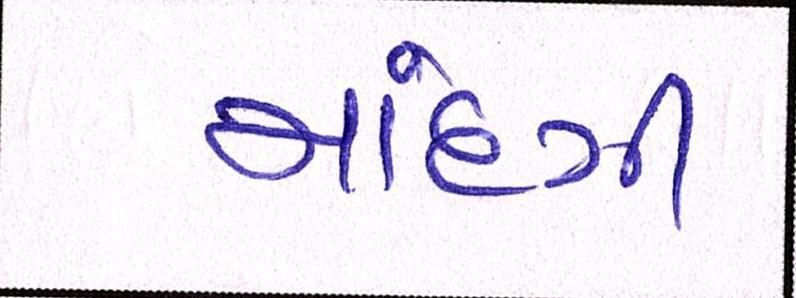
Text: માંદગી